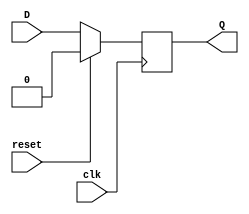
module DFF (
    input wire clk,
    input wire reset,
    input wire D,
    output reg Q
);

always @(posedge clk) begin
    if (reset) begin
        Q <= 1'b0;
    end else begin
        Q <= D;
    end
end

endmodule